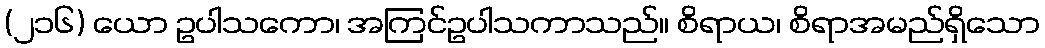
(၂၁၆) ယော ဥပါသကော၊ အကြင်ဥပါသကာသည်။ စိရာယ၊ စိရာအမည်ရှိသော